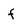
Character: f